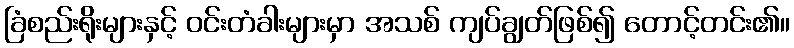
ခြံစည်းရိုးများနှင့် ဝင်းတံခါးများမှာ အသစ် ကျပ်ချွတ်ဖြစ်၍ တောင့်တင်း၏။